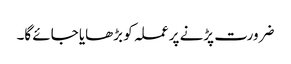
ضرورت پڑنے پر عملہ کو بڑھایا جائے گا۔